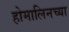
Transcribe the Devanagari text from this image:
होमालिनच्या